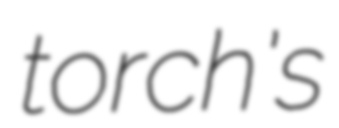
torch's